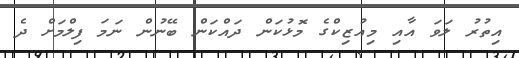
އިތުރު ލަވަ އާއި މިއުޒިކްގެ މޮޅުކަން ދައްކަން ބޭނުން ނަމަ ފިލްމަށް ދެ